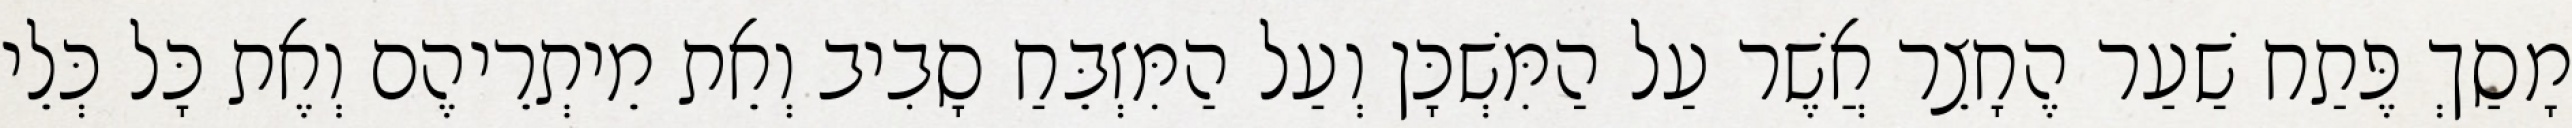
מָסַךְ פֶּתַח שַׁעַר הֶחָצֵר אֲשֶׁר עַל הַמִּשְׁכָּן וְעַל הַמִּזְבֵּחַ סָבִיב וְאֵת מֵיתְרֵיהֶם וְאֶת כָּל כְּלֵי